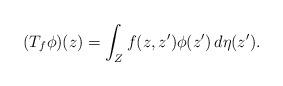
LaTeX: \begin{align*}(T_f \phi)(z) = \int_{Z} f(z,z') \phi(z') \, d\eta(z').\end{align*}